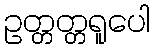
ဥတ္တတ္တရူပေါ